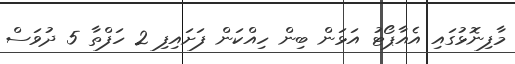
މާފިނޮޅުގައި އެއާޕޯޓު އަޅަން ބިން ހިއްކަން ފަށައިފި 2 ހަފްތާ 5 ދުވަސް